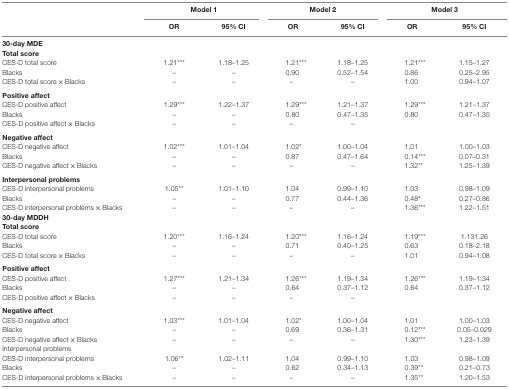
<table><thead><tr><td></td><td colspan="2"><b>Model 1</b></td><td colspan="2"><b>Model 2</b></td><td colspan="2"><b>Model 3</b></td></tr><tr><td></td><td><b>OR</b></td><td><b>95% CI</b></td><td><b>OR</b></td><td><b>95% CI</b></td><td><b>OR</b></td><td><b>95% CI</b></td></tr></thead><tbody><tr><td colspan="7"><b>30-day MDE</b></td></tr><tr><td colspan="7"><b>Total score</b></td></tr><tr><td>CES-D total score</td><td>1.21***</td><td>1.18–1.25</td><td>1.21***</td><td>1.18–1.25</td><td>1.21***</td><td>1.15–1.27</td></tr><tr><td>Blacks</td><td>–</td><td>–</td><td>0.90</td><td>0.52–1.54</td><td>0.86</td><td>0.25–2.95</td></tr><tr><td>CES-D total score × Blacks</td><td>–</td><td>–</td><td>–</td><td>–</td><td>1.00</td><td>0.94–1.07</td></tr><tr><td colspan="7"><b>Positive affect</b></td></tr><tr><td>CES-D positive affect</td><td>1.29***</td><td>1.22–1.37</td><td>1.29***</td><td>1.21–1.37</td><td>1.29***</td><td>1.21–1.37</td></tr><tr><td>Blacks</td><td>–</td><td>–</td><td>0.80</td><td>0.47–1.35</td><td>0.80</td><td>0.47–1.35</td></tr><tr><td>CES-D positive affect × Blacks</td><td>–</td><td>–</td><td>–</td><td>–</td><td></td><td></td></tr><tr><td colspan="7"><b>Negative affect</b></td></tr><tr><td>CES-D negative affect</td><td>1.02***</td><td>1.01–1.04</td><td>1.02*</td><td>1.00–1.04</td><td>1.01</td><td>1.00–1.03</td></tr><tr><td>Blacks</td><td>–</td><td>–</td><td>0.87</td><td>0.47–1.64</td><td>0.14***</td><td>0.07–0.31</td></tr><tr><td>CES-D negative affect × Blacks</td><td>–</td><td>–</td><td>–</td><td>–</td><td>1.32**</td><td>1.25–1.39</td></tr><tr><td colspan="7"><b>Interpersonal problems</b></td></tr><tr><td>CES-D interpersonal problems</td><td>1.05**</td><td>1.01–1.10</td><td>1.04</td><td>0.99–1.10</td><td>1.03</td><td>0.98–1.09</td></tr><tr><td>Blacks</td><td>–</td><td>–</td><td>0.77</td><td>0.44–1.36</td><td>0.48*</td><td>0.27–0.86</td></tr><tr><td>CES-D interpersonal problems × Blacks</td><td>–</td><td>–</td><td>–</td><td>–</td><td>1.36***</td><td>1.22–1.51</td></tr><tr><td colspan="7"><b>30-day MDDH</b></td></tr><tr><td colspan="7"><b>Total score</b></td></tr><tr><td>CES-D total score</td><td>1.20***</td><td>1.16–1.24</td><td>1.20***</td><td>1.16–1.24</td><td>1.19***</td><td>1.131.26</td></tr><tr><td>Blacks</td><td>–</td><td>–</td><td>0.71</td><td>0.40–1.25</td><td>0.63</td><td>0.18–2.18</td></tr><tr><td>CES-D total score × Blacks</td><td>–</td><td>–</td><td>–</td><td>–</td><td>1.01</td><td>0.94–1.08</td></tr><tr><td colspan="7"><b>Positive affect</b></td></tr><tr><td>CES-D positive affect</td><td>1.27***</td><td>1.21–1.34</td><td>1.26***</td><td>1.19–1.34</td><td>1.26***</td><td>1.19–1.34</td></tr><tr><td>Blacks</td><td>–</td><td>–</td><td>0.64</td><td>0.37–1.12</td><td>0.64</td><td>0.37–1.12</td></tr><tr><td>CES-D positive affect × Blacks</td><td>–</td><td>–</td><td>–</td><td>–</td><td></td><td></td></tr><tr><td colspan="7"><b>Negative affect</b></td></tr><tr><td>CES-D negative affect</td><td>1.03***</td><td>1.01–1.04</td><td>1.02*</td><td>1.00–1.04</td><td>1.01</td><td>1.00–1.03</td></tr><tr><td>Blacks</td><td>–</td><td>–</td><td>0.69</td><td>0.36–1.31</td><td>0.12***</td><td>0.05–0.029</td></tr><tr><td>CES-D negative affect × Blacks</td><td>–</td><td>–</td><td>–</td><td>–</td><td>1.30***</td><td>1.23–1.39</td></tr><tr><td>Interpersonal problems</td><td></td><td></td><td></td><td></td><td></td><td></td></tr><tr><td>CES-D interpersonal problems</td><td>1.06**</td><td>1.02–1.11</td><td>1.04</td><td>0.99–1.10</td><td>1.03</td><td>0.98–1.09</td></tr><tr><td>Blacks</td><td>–</td><td>–</td><td>0.62</td><td>0.34–1.13</td><td>0.39**</td><td>0.21–0.73</td></tr><tr><td>CES-D interpersonal problems × Blacks</td><td>–</td><td>–</td><td>–</td><td>–</td><td>1.35**</td><td>1.20–1.53</td></tr></tbody></table>